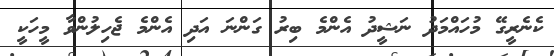
ކެނެރީގޭ މުހައްމަދު ނަޝީދު އެންމެ ބިރު ގަންނަ އަދި އެންމެ ޖެހިލުންވާ މީހަކީ